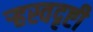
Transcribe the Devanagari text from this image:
ऱ्हस्वदृष्टी